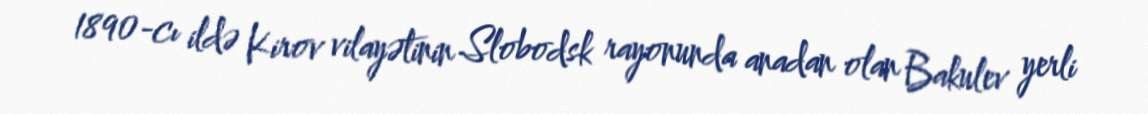
1890-cı ildə Kirov vilayətinin Slobodsk rayonunda anadan olan Bakulev yerli